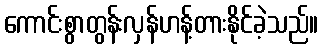
ကောင်းစွာတွန်းလှန်ဟန့်တားနိုင်ခဲ့သည်။